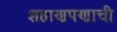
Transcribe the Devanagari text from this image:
शहाणपणाची